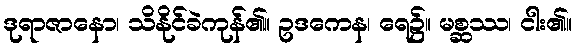
ဒုရာဇာနော၊ သိနိုင်ခဲကုန်၏။ ဥဒကေန၊ ရေ၌။ မစ္ဆဿ၊ ငါး၏။